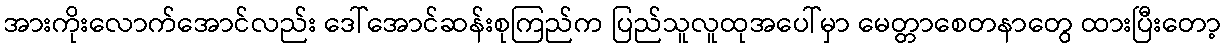
အားကိုးလောက်အောင်လည်း ဒေါ်အောင်ဆန်းစုကြည်က ပြည်သူလူထုအပေါ်မှာ မေတ္တာစေတနာတွေ ထားပြီးတော့